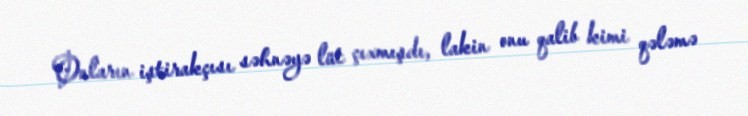
Onların iştirakçısı səhnəyə lüt çıxmışdı, lakin onu qalib kimi qələmə